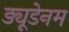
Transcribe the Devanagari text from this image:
ड्यूडेनम